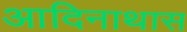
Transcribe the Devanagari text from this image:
आदिनाथास